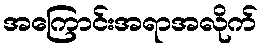
အကြောင်းအရာအလိုက်